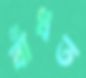
বাঁধত